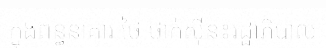
ក្នុងពន្ធនាគារ ថៃ ថាក់ស៊ីន៖រដ្ឋាភិបាល